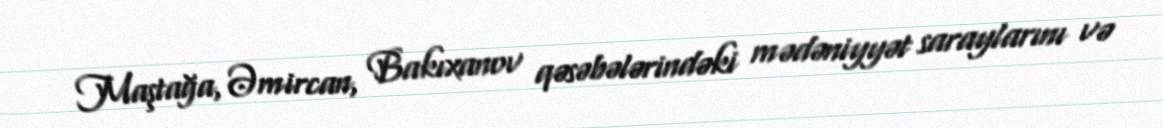
Maştağa, Əmircan, Bakıxanov qəsəbələrindəki mədəniyyət saraylarını və